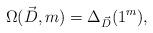
LaTeX: \begin{align*}\Omega(\vec{D},m)=\Delta_{\vec{D}}(1^m),\end{align*}